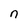
Character: n